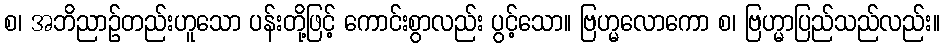
စ၊ အဘိညာဉ်တည်းဟူသော ပန်းတို့ဖြင့် ကောင်းစွာလည်း ပွင့်သော။ ဗြဟ္မလောကော စ၊ ဗြဟ္မာပြည်သည်လည်း။